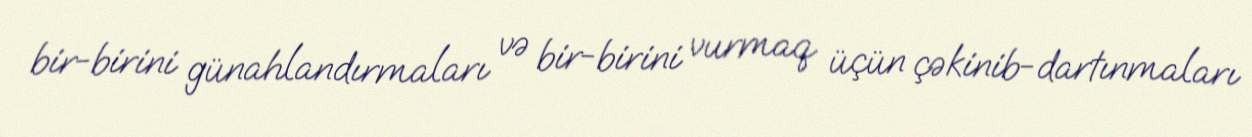
bir-birini günahlandırmaları və bir-birini vurmaq üçün çəkinib-dartınmaları